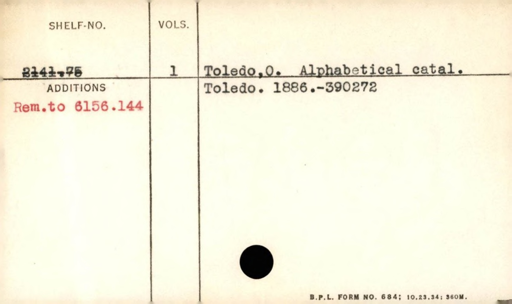
Label: content